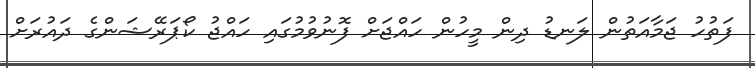
ފަތުހު ޖަމާއަތުން ލަނޑު ދިން މީހުން ހައްޖަށް ފޮނުވުމުގައި ހައްޖު ކޯޕަރޭޝަންގެ ދައުރަށް